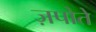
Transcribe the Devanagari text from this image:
ज़पोते